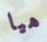
هيا